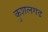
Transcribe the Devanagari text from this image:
कुशलगढ